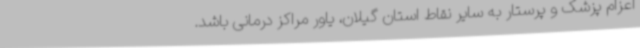
اعزام پزشک و پرستار به سایر نقاط استان گیلان، یاور مراکز درمانی باشد.